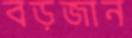
বড়জান